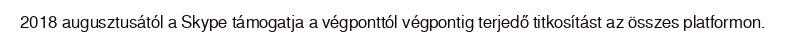
2018 augusztusától a Skype támogatja a végponttól végpontig terjedő titkosítást az összes platformon.